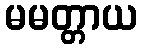
မမတ္တာယ